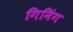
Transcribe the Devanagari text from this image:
गिनिंग